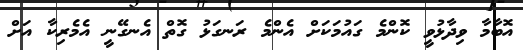
އޮބާމާ ވިދާޅުވީ ކޮންމެ ގައުމަކަށް އެންމެ ރަނގަޅު ގޮތް އެނގޭނީ އެމެރިކާ އަށް